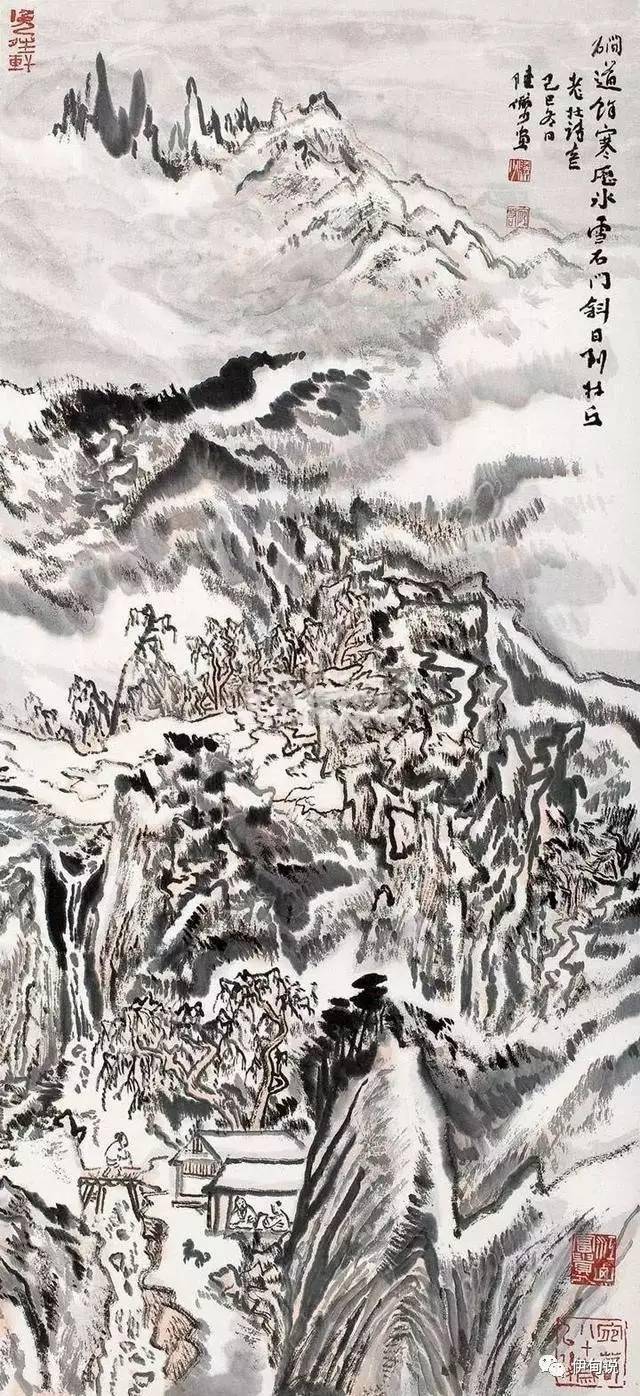
愿天上人间，占得欢娱，年年今夜。